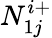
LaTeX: N_{1j}^{i+}